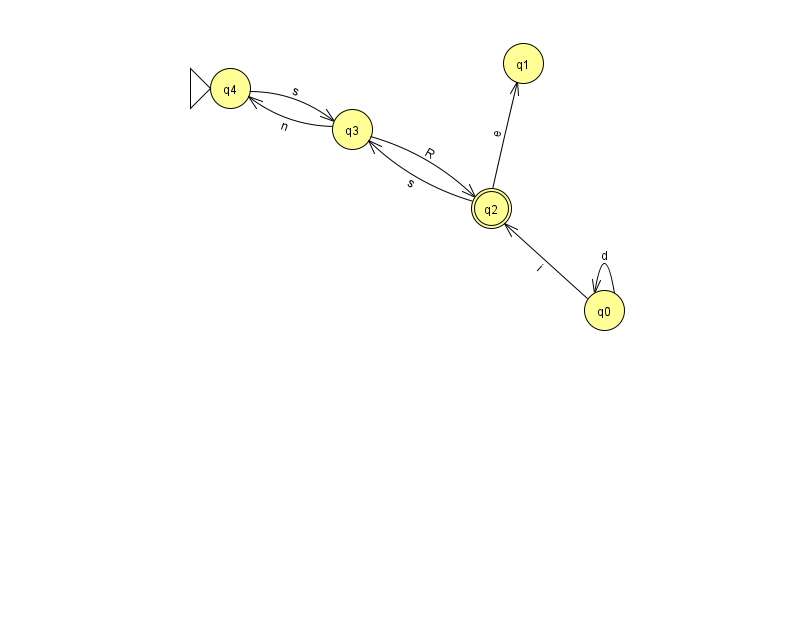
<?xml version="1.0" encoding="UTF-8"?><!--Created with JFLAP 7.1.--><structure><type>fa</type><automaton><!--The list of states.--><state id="0" name="q0"><x>604.0</x><y>297.0</y></state><state id="1" name="q1"><x>523.0</x><y>50.0</y></state><state id="2" name="q2"><x>491.0</x><y>195.0</y><final/></state><state id="3" name="q3"><x>352.0</x><y>116.0</y></state><state id="4" name="q4"><x>230.0</x><y>75.0</y><initial/></state><!--The list of transitions.--><transition><from>3</from><to>2</to><read>R</read></transition><transition><from>4</from><to>3</to><read>s</read></transition><transition><from>2</from><to>3</to><read>s</read></transition><transition><from>0</from><to>0</to><read>d</read></transition><transition><from>0</from><to>2</to><read>i</read></transition><transition><from>3</from><to>4</to><read>n</read></transition><transition><from>2</from><to>1</to><read>e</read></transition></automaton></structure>